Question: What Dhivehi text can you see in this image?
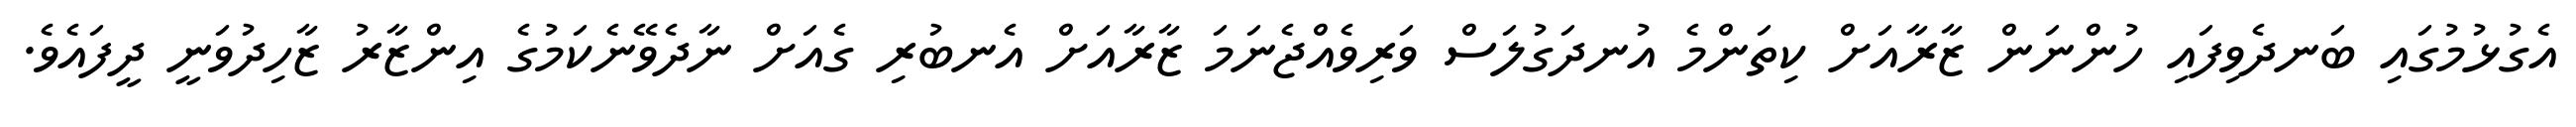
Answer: އެގުޅުމުގައި ބަނދެވިފައި ހުންނަން ޒާރާއަށް ކިތަންމެ އުނދަގުލަސް ވަރިވެއްޖެނަމަ ޒާރާއަށް އެނބުރި ގެއަށް ނާދެވޭނެކަމުގެ އިންޒާރު ޒާހިދުވަނީ ދީފައެވެ.